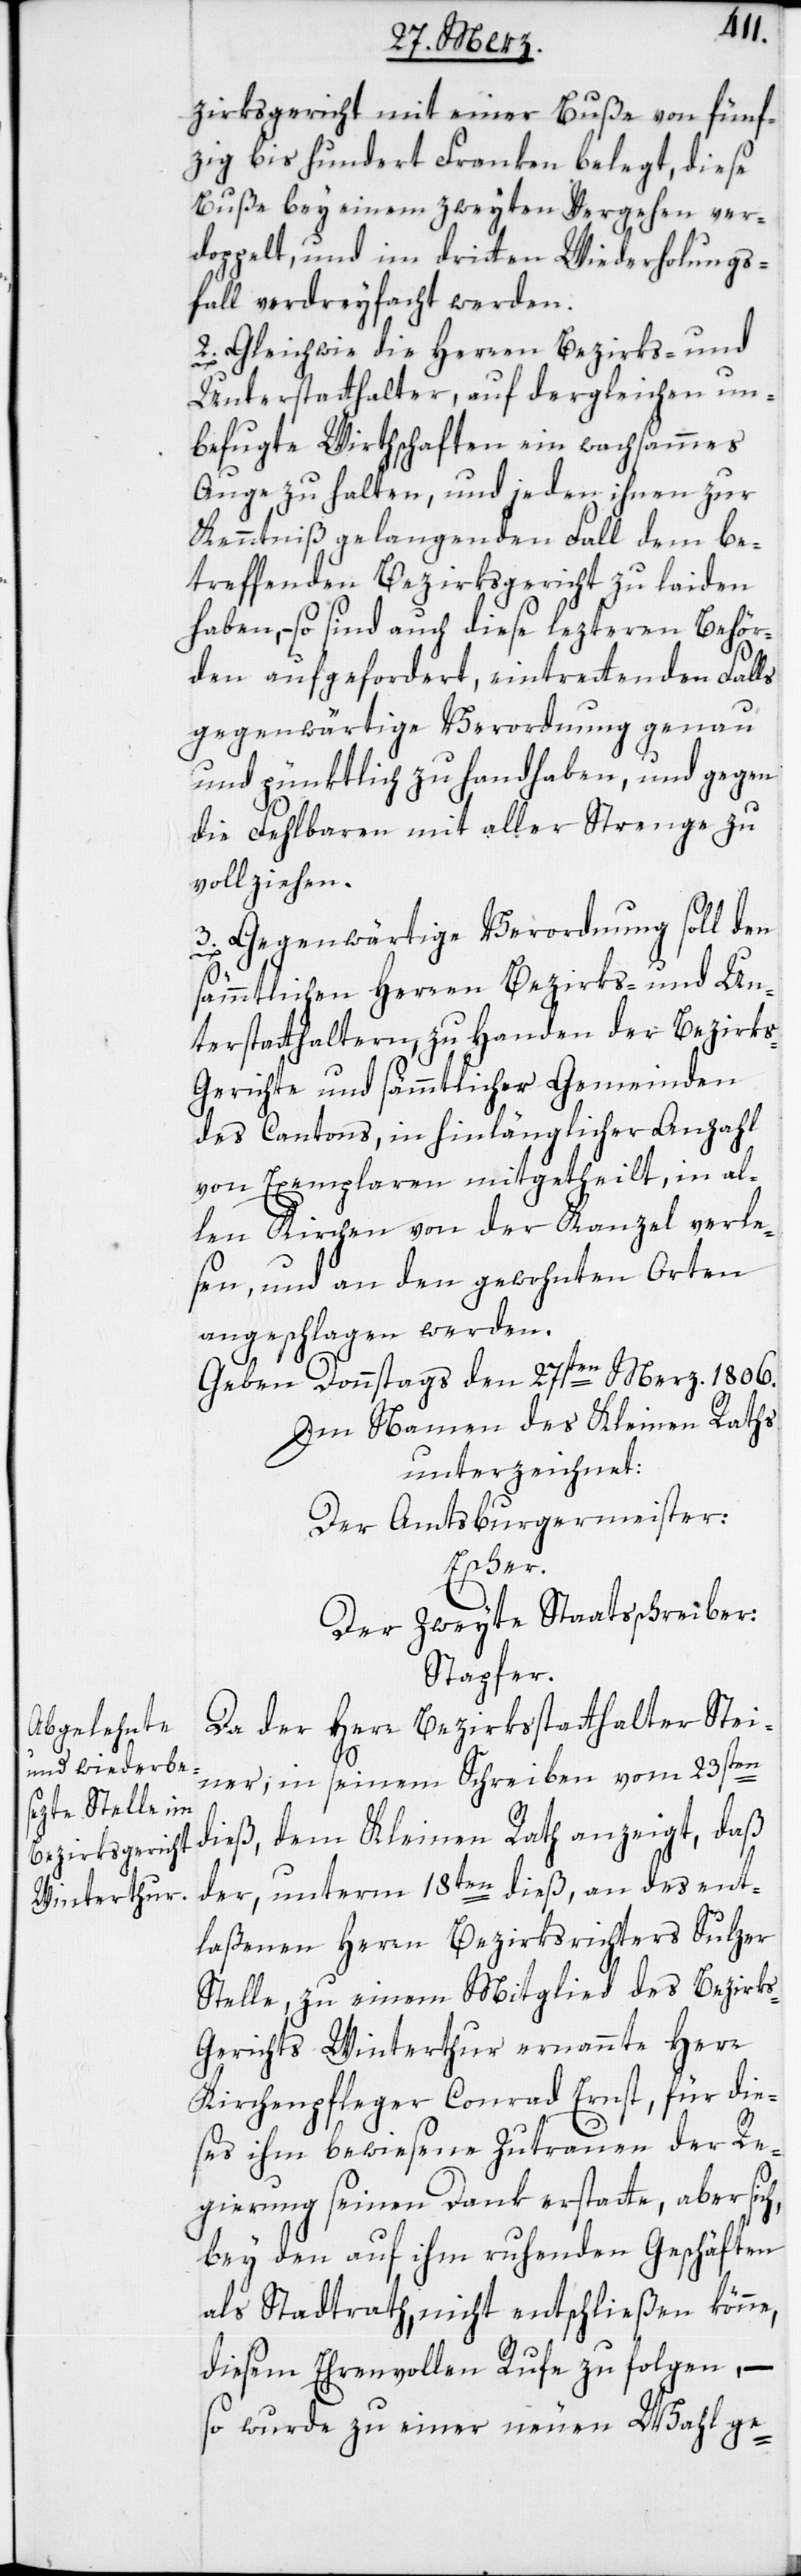
zirksgericht mit einer Buße von fünf¬
zig bis hundert Franken belegt, diese
Buße bey einem zweyten Vergehen ver¬
doppelt, und im dritten Wiederholungs¬
fall verdreyfacht werden.
2. Gleichwie die Herren Bezirks- und
Unterstatthalter, auf dergleichen un¬
befugte Wirthschaften ein wachsammes
Auge zu halten, und jeden ihnen zur
Kenntniß gelangenden Fall dem be¬
treffenden Bezirksgericht zu laiden
haben, so sind auch diese lezteren Behör¬
den aufgefordert, eintrettenden Falls
gegenwärtige Verordnung genau
und pünktlich zu handhaben, und gegen
die Fehlbaren mit aller Strenge zu
vollziehen.
3. Gegenwärtige Verordnung soll den
sämmtlichen Herren Bezirks- und Un¬
terstatthaltern, zu Handen der Bezirks-G¬
erichte und sämmtlicher Gemeinden
des Cantons, in hinlänglicher Anzahl
von Exemplaren mitgetheilt, in al¬
len Kirchen von der Kanzel verle¬
sen, und an den gewohnten Orten
angeschlagen werden.
Geben Donnstags den 27sten Merz. 1806.
Im Namen des Kleinen Raths
unterzeichnet:
Der Amtsburgermeister:
Escher.
Der zweyte Staatsschreiber:
Stapfer.
Da der Herr Bezirksstatthalter Stei¬
ner, in seinem Schreiben vom 23sten
dieß, dem Kleinen Rathe anzeigt, daß
der, unterm 18ten dieß, an des ent¬
laßenen Herrn Bezirksrichter Sulzer
Stelle, zu einem Mitglied des Bezirk¬
s-Gerichts Winterthur ernannte Herr
Kirchenpfleger Conrad Ernst, für die¬
ses ihm bewiesene Zutrauen der Re¬
gierung seinen Dank erstatte, aber sich,
bey den auf ihm ruhenden Geschäften
als Stadtrath, nicht entschließen könne,
diesem Ehrenvollen Rufe zu folgen, –
so wurde zu einer neuen Wahl ge-